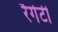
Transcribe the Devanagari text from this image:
रैगेटी